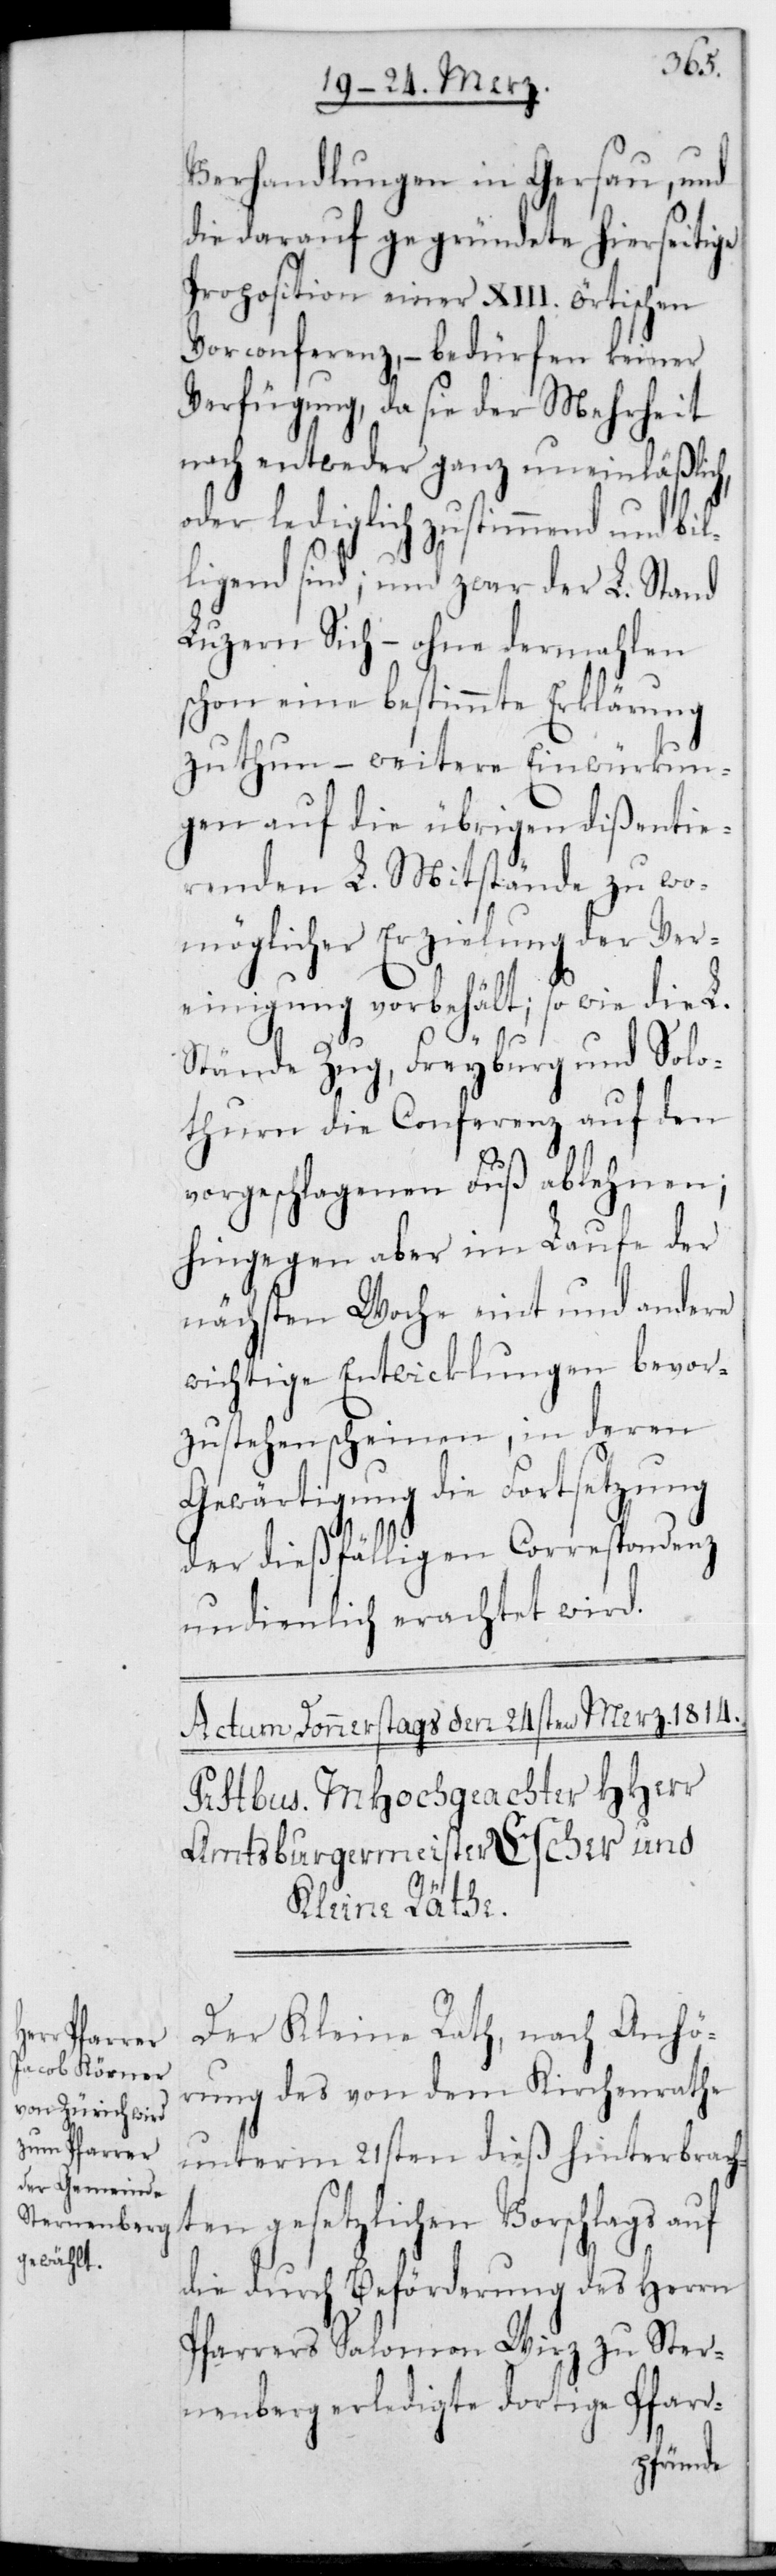
Verhandlungen in Gersau, und
die darauf gegründete hierseitige
Proposition einer XIII. örtischen
Vorconferenz, – bedürfen keiner
Verfügung, da sie der Mehrheit
nach entweder ganz uneinläßlich,
oder lediglich zustimmend und bil¬
ligend sind; und zwar der L. Stand
Luzern Sich – ohne dermahlen
schon eine bestimmte Erklärung
zu thun, – weitere Einwürkun¬
gen auf die übrigen dißentie¬
renden L. Mitstände zu wo¬
möglicher Erzielung der Ver¬
einigung vorbehält; so wie die L.
Stände Zug, Freyburg und Solo¬
thurn die Conferenz auf den
vorgeschlagenen Fuß ablehnen;
hingegen aber im Laufe der
nächsten Woche eint und andere
wichtige Entwicklungen bevor¬
zustehen scheinen, in deren
Gewärtigung die Fortsetzung
der dießfälligen Correspondenz
undienlich erachtet wird.
Der Kleine Rath, nach Anhö¬
rung des von dem Kirchenrathe
unterm 21sten dieß hinterbrach¬
ten gesetzlichen Vorschlags auf
die durch Beförderung des Herrn
Pfarrers Salomon Wirz zu Ster¬
nenberg erledigte dortige Pfarr-